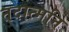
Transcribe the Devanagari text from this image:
तदात्मनि